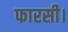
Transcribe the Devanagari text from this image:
फारसी।